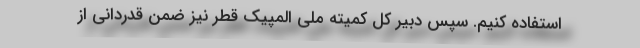
استفاده کنیم. سپس دبیر کل کمیته ملی المپیک قطر نیز ضمن قدردانی از